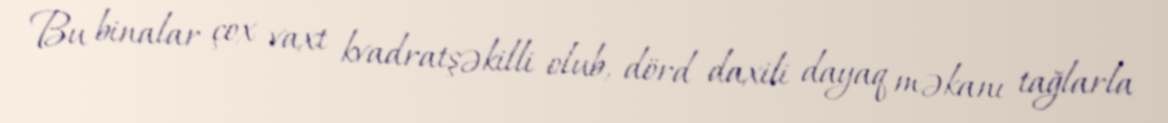
Bu binalar çox vaxt kvadratşəkilli olub, dörd daxili dayaq məkanı tağlarla